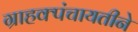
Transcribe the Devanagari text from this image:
ग्राहक्पंचायतीने